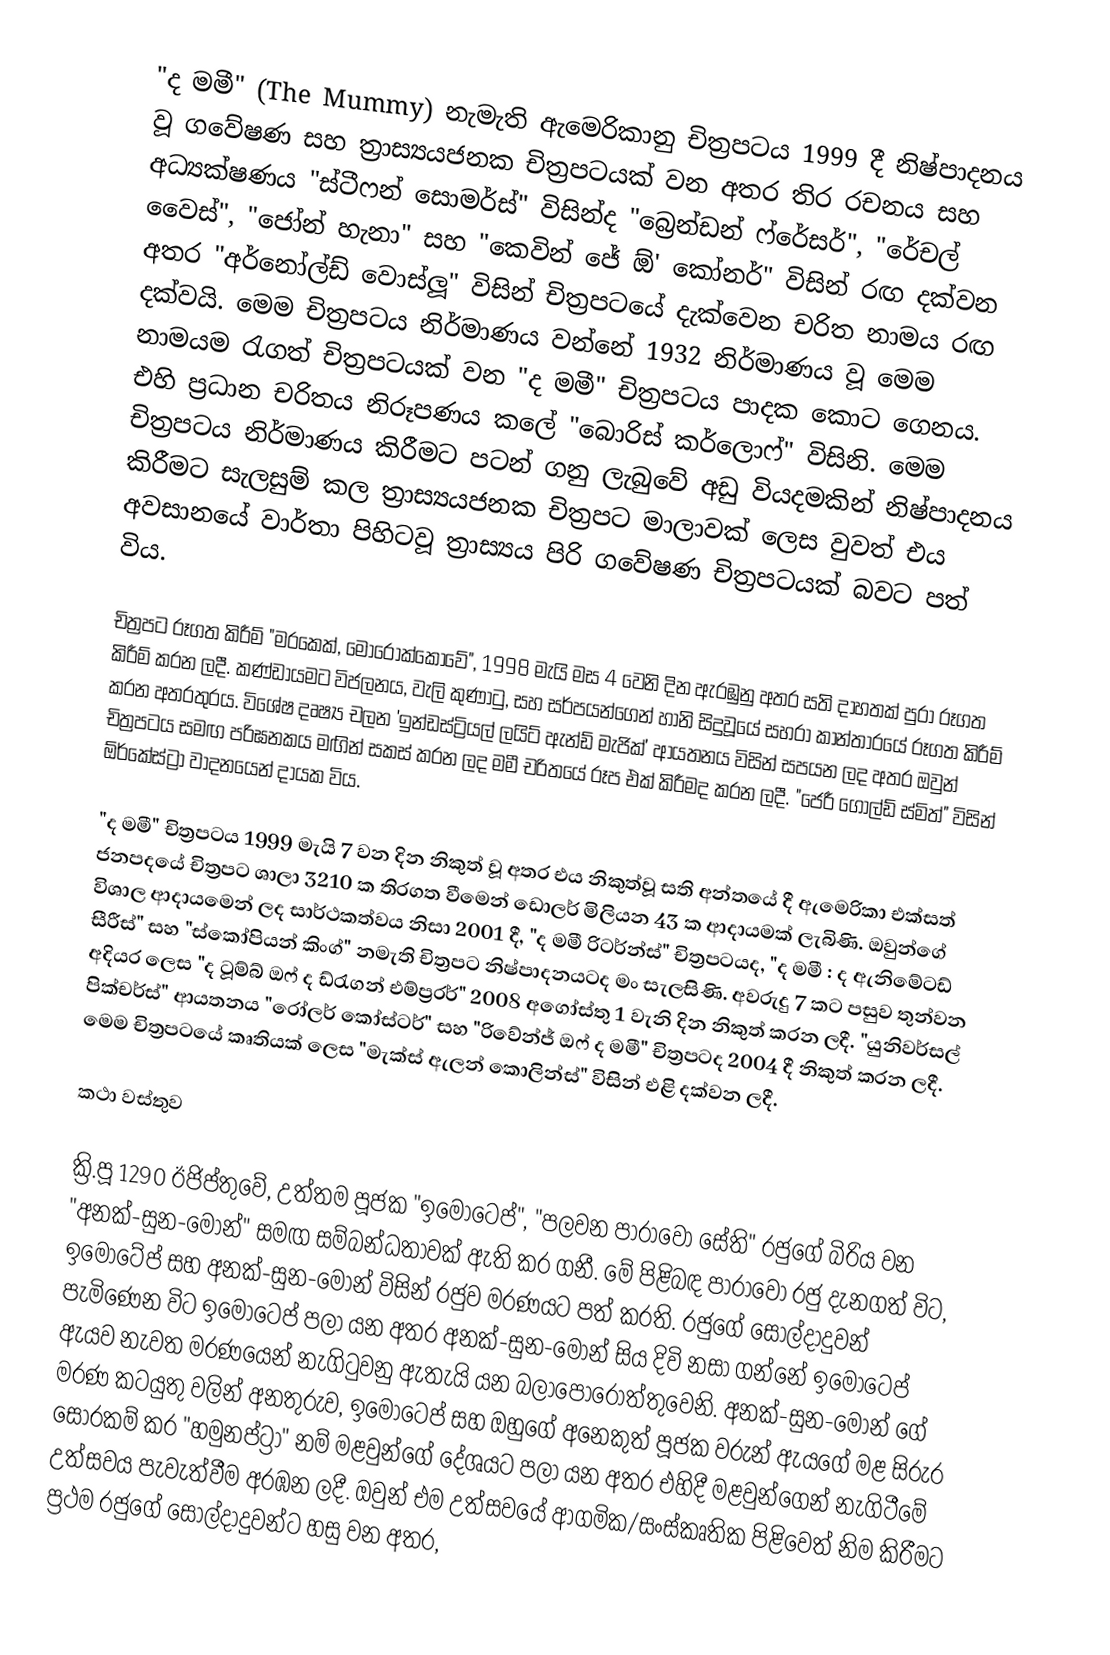
"ද මමී" (The Mummy) නැමැති ඇමෙරිකානු චිත්‍රපටය 1999 දී නිෂ්පාදනය වූ ගවේෂණ සහ ත්‍රාස්‍යයජනක චිත්‍රපටයක් වන අතර තිර රචනය සහ අධ්‍යක්ෂණය "ස්ටීෆන් සොමර්ස්" විසින්ද "බ්‍රෙන්ඩන් ෆ්රේසර්", "රේචල් වෛස්", "ජෝන් හැනා" සහ "කෙවින් ජේ ඕ' කෝනර්" විසින් රඟ දක්වන අතර "අර්නෝල්ඩ් වොස්ලූ" විසින් චිත්‍රපටයේ දැක්වෙන චරිත නාමය රඟ දක්වයි. මෙම  චිත්‍රපටය නිර්මාණය වන්නේ 1932 නිර්මාණය වූ මෙම නාමයම රැගත් චිත්‍රපටයක් වන "ද මමී" චිත්‍රපටය පාදක කොට ගෙනය. එහි ප්‍රධාන චරිතය නිරූපණය කලේ "බොරිස් කර්ලොෆ්" විසිනි. මෙම චිත්‍රපටය නිර්මාණය කිරීමට පටන් ගනු ලැබුවේ අඩු වියදමකින් නිෂ්පාදනය කිරීමට සැලසුම් කල ත්‍රාස්‍යයජනක චිත්‍රපට මාලාවක් ලෙස වුවත් එය අවසානයේ වාර්තා පිහිටවූ ත්‍රාස්‍යය පිරි ගවේෂණ චිත්‍රපටයක් බවට පත් විය.

චිත්‍රපට රූගත කිරීම් "මරකෙක්, මොරොක්කෝවේ", 1998 මැයි මස 4 වෙනි දින ඇරඹුනු අතර සති දාහතක් පුරා රූගත කිරීම් කරන ලදී. කණ්ඩායමට විජලනය, වැලි කුණාටු, සහ සර්පයන්ගෙන් හානි සිදුවූයේ සහරා කාන්තාරයේ රූගත කිරීම් කරන අතරතුරය. විශේෂ දෘෂ්‍ය චලන 'ඉන්ඩස්ට්‍රියල් ලයිට් ඇන්ඩ් මැජික්' ආයතනය විසින් සපයන ලද අතර ඔවුන් චිත්‍රපටය සමඟ පරිඝනකය මඟින් සකස් කරන ලද මමී චරිතයේ රූප එක් කිරීමද කරන ලදී. "ජෙරී ගෝල්ඩ් ස්මිත්" විසින් ඕර්කේස්ට්‍රා වාදනයෙන් දායක විය.

"ද මමී" චිත්‍රපටය 1999 මැයි 7 වන දින නිකුත් වූ අතර එය නිකුත්වූ සති අන්තයේ දී ඇමෙරිකා එක්සත් ජනපදයේ චිත්‍රපට ශාලා 3210 ක තිරගත වීමෙන් ඩොලර් මිලියන 43 ක ආදායමක් ලැබිණි. ඔවුන්ගේ විශාල ආදායමෙන් ලද සාර්ථකත්වය නිසා 2001 දී, "ද මමී රිටර්න්ස්" චිත්‍රපටයද, "ද මමී : ද ඇනිමේටඩ් සීරීස්" සහ "ස්කෝපියන් කිංග්" නමැති චිත්‍රපට නිෂ්පාදනයටද මං සැලසිණි. අවරුදු 7 කට පසුව තුන්වන අදියර ලෙස "ද ටූම්බ් ඔෆ් ද ඩ්රැගන් එම්ප්‍රරර්" 2008 අගෝස්තු 1 වැනි දින නිකුත් කරන ලදී. "යුනිවර්සල් පික්චර්ස්" ආයතනය "රෝලර් කෝස්ටර්" සහ "රිවේන්ජ් ඔෆ් ද මමී" චිත්‍රපටද 2004 දී නිකුත් කරන ලදී. මෙම චිත්‍රපටයේ කෘතියක් ලෙස "මැක්ස් ඇලන් කොලින්ස්" විසින් එළි දක්වන ලදී.

කථා වස්තුව

ක්‍රි.පූ 1290 ඊජිප්තුවේ, උත්තම පූජක "ඉමෝටෙප්", "පලවන පාරාවෝ සේති" රජුගේ බිරිය වන "අනක්-සුන-මෝන්" සමඟ සම්බන්ධතාවක් ඇති කර ගනී. මේ පිළිබඳ පාරාවෝ රජු දැනගත් විට, ඉමෝටේප් සහ අනක්-සුන-මොන් විසින් රජුව මරණයට පත් කරති. රජුගේ සොල්දාදුවන් පැමිණෙන විට ඉමෝටෙප් පලා යන අතර අනක්-සුන-මොන් සිය දිවි නසා ගන්නේ ඉමෝටෙප් ඇයව නැවත මරණයෙන් නැගිටුවනු ඇතැයි යන බලාපොරොත්තුවෙනි. අනක්-සුන-මොන් ගේ මරණ කටයුතු වලින් අනතුරුව, ඉමෝටෙප් සහ ඔහුගේ අනෙකුත් පූජක වරුන් ඇයගේ මළ සිරුර සොරකම් කර "හමුනප්ට්‍රා" නම් මළවුන්ගේ දේශයට පලා යන අතර එහිදී මළවුන්ගෙන් නැගිටීමේ උත්සවය පැවැත්වීම අරඹන ලදී. ඔවුන් එම උත්සවයේ ආගමික/සංස්කෘතික පිළිවෙත් නිම කිරීමට ප්‍රථම රජුගේ සොල්දාදුවන්ට හසු වන අතර,